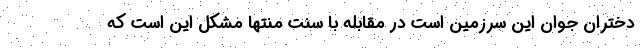
دختران جوان این سرزمین است در مقابله با سنت منتها مشکل این است که